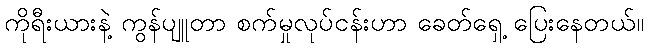
ကိုရီးယားနဲ့ ကွန်ပျူတာ စက်မှုလုပ်ငန်းဟာ ခေတ်ရှေ့ ပြေးနေတယ်။